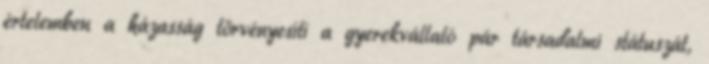
értelemben a házasság törvényesíti a gyerekvállaló pár társadalmi státuszát,